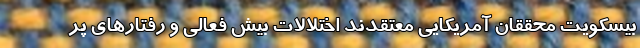
بیسکویت محققان آمریکایی معتقدند اختلالات بیش فعالی و رفتار‌های پر